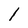
Character: l